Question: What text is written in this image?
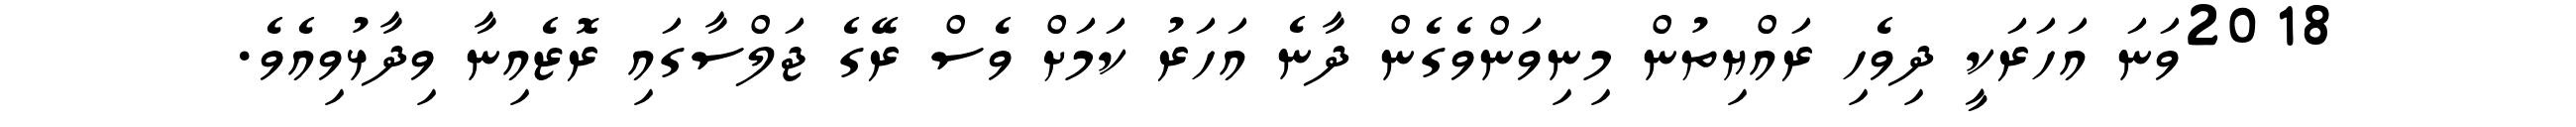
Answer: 2018ވަނަ އަހަރަކީ ދިވެހި ރައްޔިތުން މިނިވަންވެގެން ދާނެ އަހަރު ކަމަށް ވެސް ރޭގެ ޖަލްސާގައި ރޮޒެއިނާ ވިދާޅުވިއެވެ.